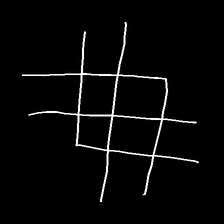
Glyph: crystal